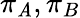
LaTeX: \pi_{\mathit{A}},\pi_{B}